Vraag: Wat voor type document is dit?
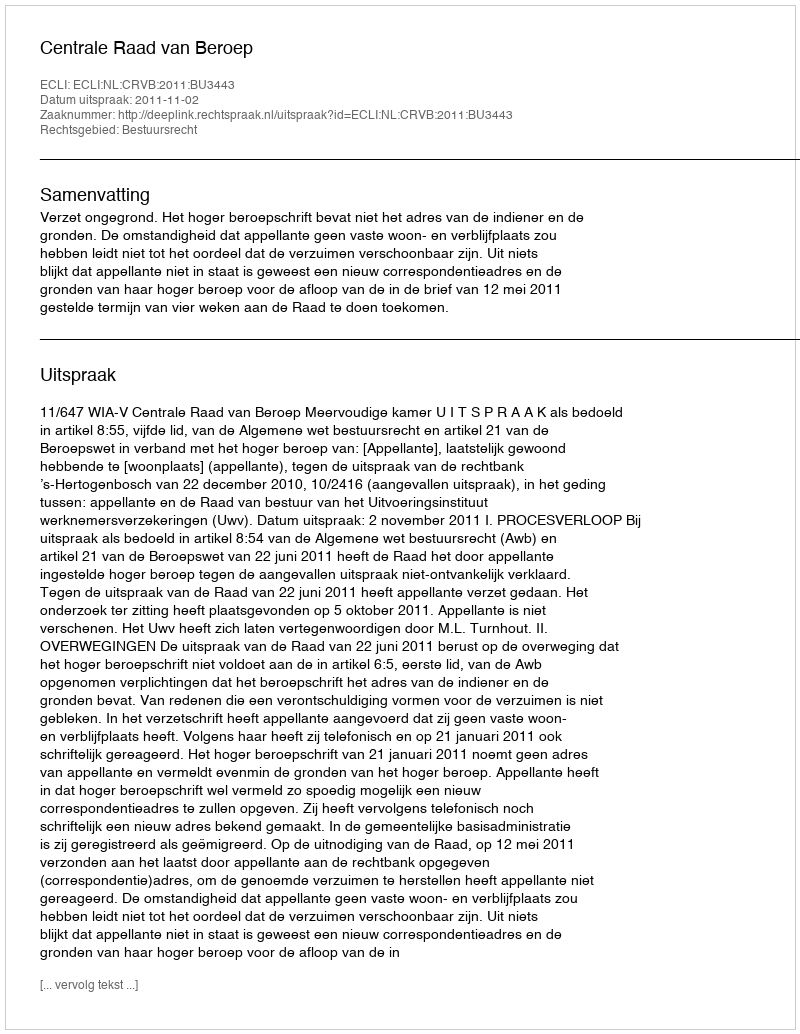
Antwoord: Uitspraak